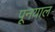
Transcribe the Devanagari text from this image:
पूनयाल